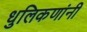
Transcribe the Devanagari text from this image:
धुलिकणांनी